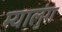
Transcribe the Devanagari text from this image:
म्यालुंग